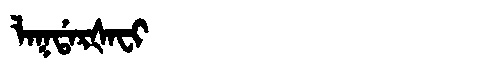
Manchu: ᠯᠠᡴᡩᠠᡵᡧᠠᠸᡳ
Romanization: LAKDARŠAFI